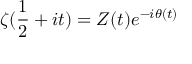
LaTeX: \zeta ( { \frac { 1 } { 2 } } + i t ) = Z ( t ) e ^ { - i \theta ( t ) }